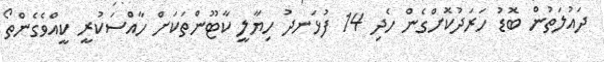
ދައުލަތުން ބޮޑު ހަރަދުކޮށްގެން ހެދި 14 ފުޅަނދު ހިޔާލީ ކާޓޫންތަކަށް ހާއްސަކުރީ ކީއްވެގެންތޯ